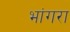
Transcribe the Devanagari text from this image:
भांगरा